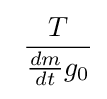
\ {\frac {T}{{\frac {dm}{dt}}g_{\mathrm {0} }}}